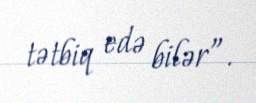
tətbiq edə bilər”.